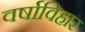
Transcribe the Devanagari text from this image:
वर्षाविहार